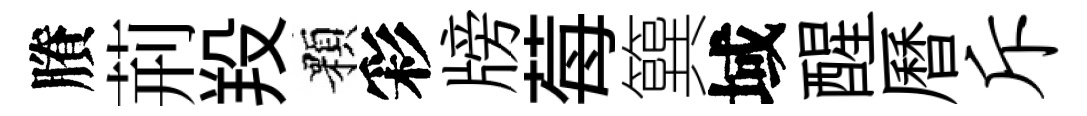
賸荊羖顆彩牓莓簨域醒曆斥